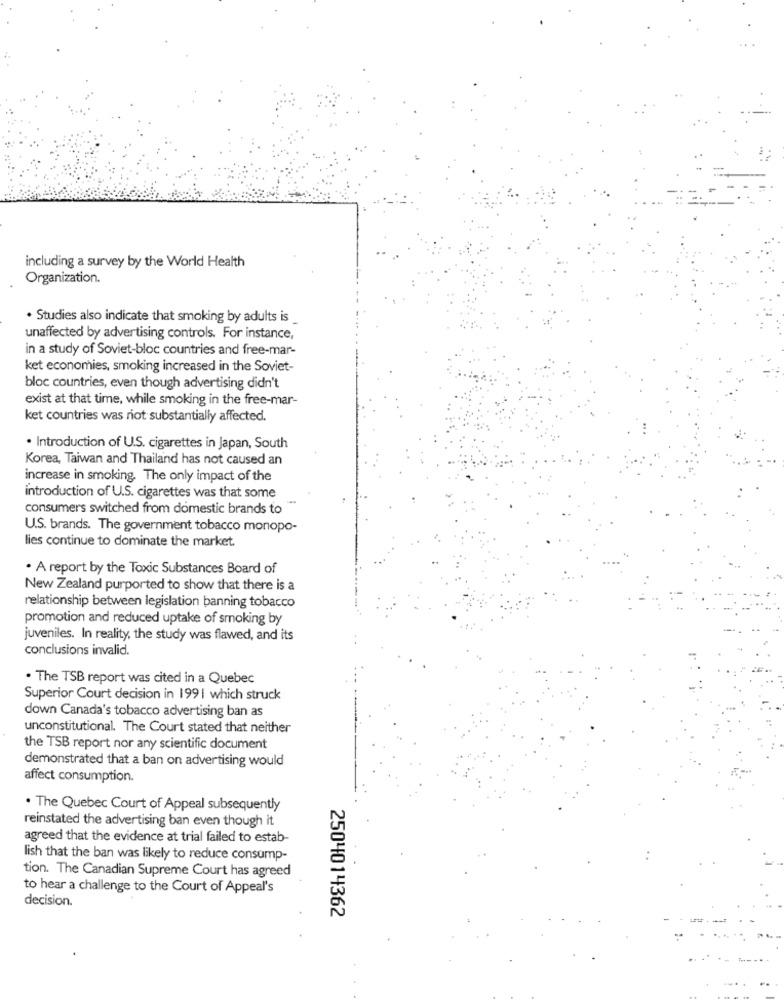
including a survey by the World Health
Organization.
. Studies also indicate that smoking by adults is
unaffected by advertising controls. For instance,
in a study of Soviet-bloc countries and free-mar-
ket economies, smoking increased in the Soviet-
bloc countries, even though advertising didn't
exist at that time, while smoking in the free-mar-
ket countries was not substantially affected.
· Introduction of U.S. cigarettes in Japan, South
Korea, Taiwan and Thailand has not caused an
increase in smoking. The only impact of the
introduction of U.S. cigarettes was that some
consumers switched from domestic brands to
U.S. brands. The government tobacco monopo-
lies continue to dominate the market.
. A report by the Toxic Substances Board of
New Zealand purported to show that there is a
relationship between legislation banning tobacco
promotion and reduced uptake of smoking by
juveniles. In reality, the study was flawed, and its
conclusions invalid.
. The TSB report was cited in a Quebec
Superior Court decision in 199 | which struck
down Canada's tobacco advertising ban as
unconstitutional. The Court stated that neither
the TSB report nor any scientific document
demonstrated that a ban on advertising would
affect consumption.
. The Quebec Court of Appeal subsequently
reinstated the advertising ban even though it
agreed that the evidence at trial failed to estab-
lish that the ban was likely to reduce consump-
tion. The Canadian Supreme Court has agreed
to hear a challenge to the Court of Appeal's
decision.
2504014362